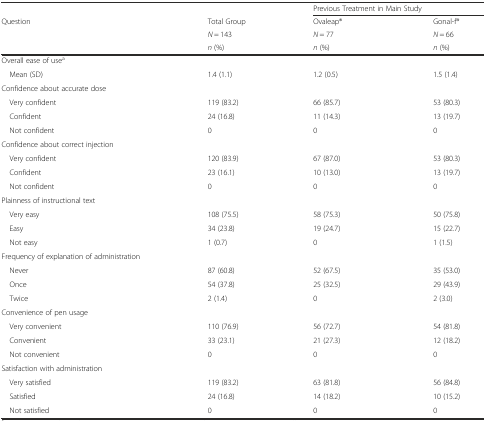
<table><thead><tr><td></td><td></td><td colspan="2"><b>Previous Treatment in Main Study</b></td></tr><tr><td><b>Question</b></td><td><b>Total Group</b></td><td><b>Ovaleap®</b></td><td><b>Gonal-f®</b></td></tr><tr><td rowspan="2"></td><td><b><i>N</i> = 143</b></td><td><b><i>N</i> = 77</b></td><td><b><i>N</i> = 66</b></td></tr><tr><td><b><i>n</i> (%)</b></td><td><b><i>n</i> (%)</b></td><td><b><i>n</i> (%)</b></td></tr></thead><tbody><tr><td>Overall ease of use<sup>a</sup></td><td></td><td></td><td></td></tr><tr><td> Mean (SD)</td><td>1.4 (1.1)</td><td>1.2 (0.5)</td><td>1.5 (1.4)</td></tr><tr><td>Confidence about accurate dose</td><td></td><td></td><td></td></tr><tr><td> Very confident</td><td>119 (83.2)</td><td>66 (85.7)</td><td>53 (80.3)</td></tr><tr><td> Confident</td><td>24 (16.8)</td><td>11 (14.3)</td><td>13 (19.7)</td></tr><tr><td> Not confident</td><td>0</td><td>0</td><td>0</td></tr><tr><td colspan="2">Confidence about correct injection</td><td></td><td></td></tr><tr><td> Very confident</td><td>120 (83.9)</td><td>67 (87.0)</td><td>53 (80.3)</td></tr><tr><td> Confident</td><td>23 (16.1)</td><td>10 (13.0)</td><td>13 (19.7)</td></tr><tr><td> Not confident</td><td>0</td><td>0</td><td>0</td></tr><tr><td>Plainness of instructional text</td><td></td><td></td><td></td></tr><tr><td> Very easy</td><td>108 (75.5)</td><td>58 (75.3)</td><td>50 (75.8)</td></tr><tr><td> Easy</td><td>34 (23.8)</td><td>19 (24.7)</td><td>15 (22.7)</td></tr><tr><td> Not easy</td><td>1 (0.7)</td><td>0</td><td>1 (1.5)</td></tr><tr><td>Frequency of explanation of administration</td><td></td><td></td><td></td></tr><tr><td> Never</td><td>87 (60.8)</td><td>52 (67.5)</td><td>35 (53.0)</td></tr><tr><td> Once</td><td>54 (37.8)</td><td>25 (32.5)</td><td>29 (43.9)</td></tr><tr><td> Twice</td><td>2 (1.4)</td><td>0</td><td>2 (3.0)</td></tr><tr><td>Convenience of pen usage</td><td></td><td></td><td></td></tr><tr><td> Very convenient</td><td>110 (76.9)</td><td>56 (72.7)</td><td>54 (81.8)</td></tr><tr><td> Convenient</td><td>33 (23.1)</td><td>21 (27.3)</td><td>12 (18.2)</td></tr><tr><td> Not convenient</td><td>0</td><td>0</td><td>0</td></tr><tr><td>Satisfaction with administration</td><td></td><td></td><td></td></tr><tr><td> Very satisfied</td><td>119 (83.2)</td><td>63 (81.8)</td><td>56 (84.8)</td></tr><tr><td> Satisfied</td><td>24 (16.8)</td><td>14 (18.2)</td><td>10 (15.2)</td></tr><tr><td> Not satisfied</td><td>0</td><td>0</td><td>0</td></tr></tbody></table>